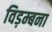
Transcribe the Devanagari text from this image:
विड़म्बना